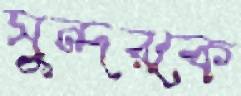
সুন্দরকে